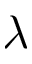
\lambda